Laimjala_vallavalitsus, lk 13
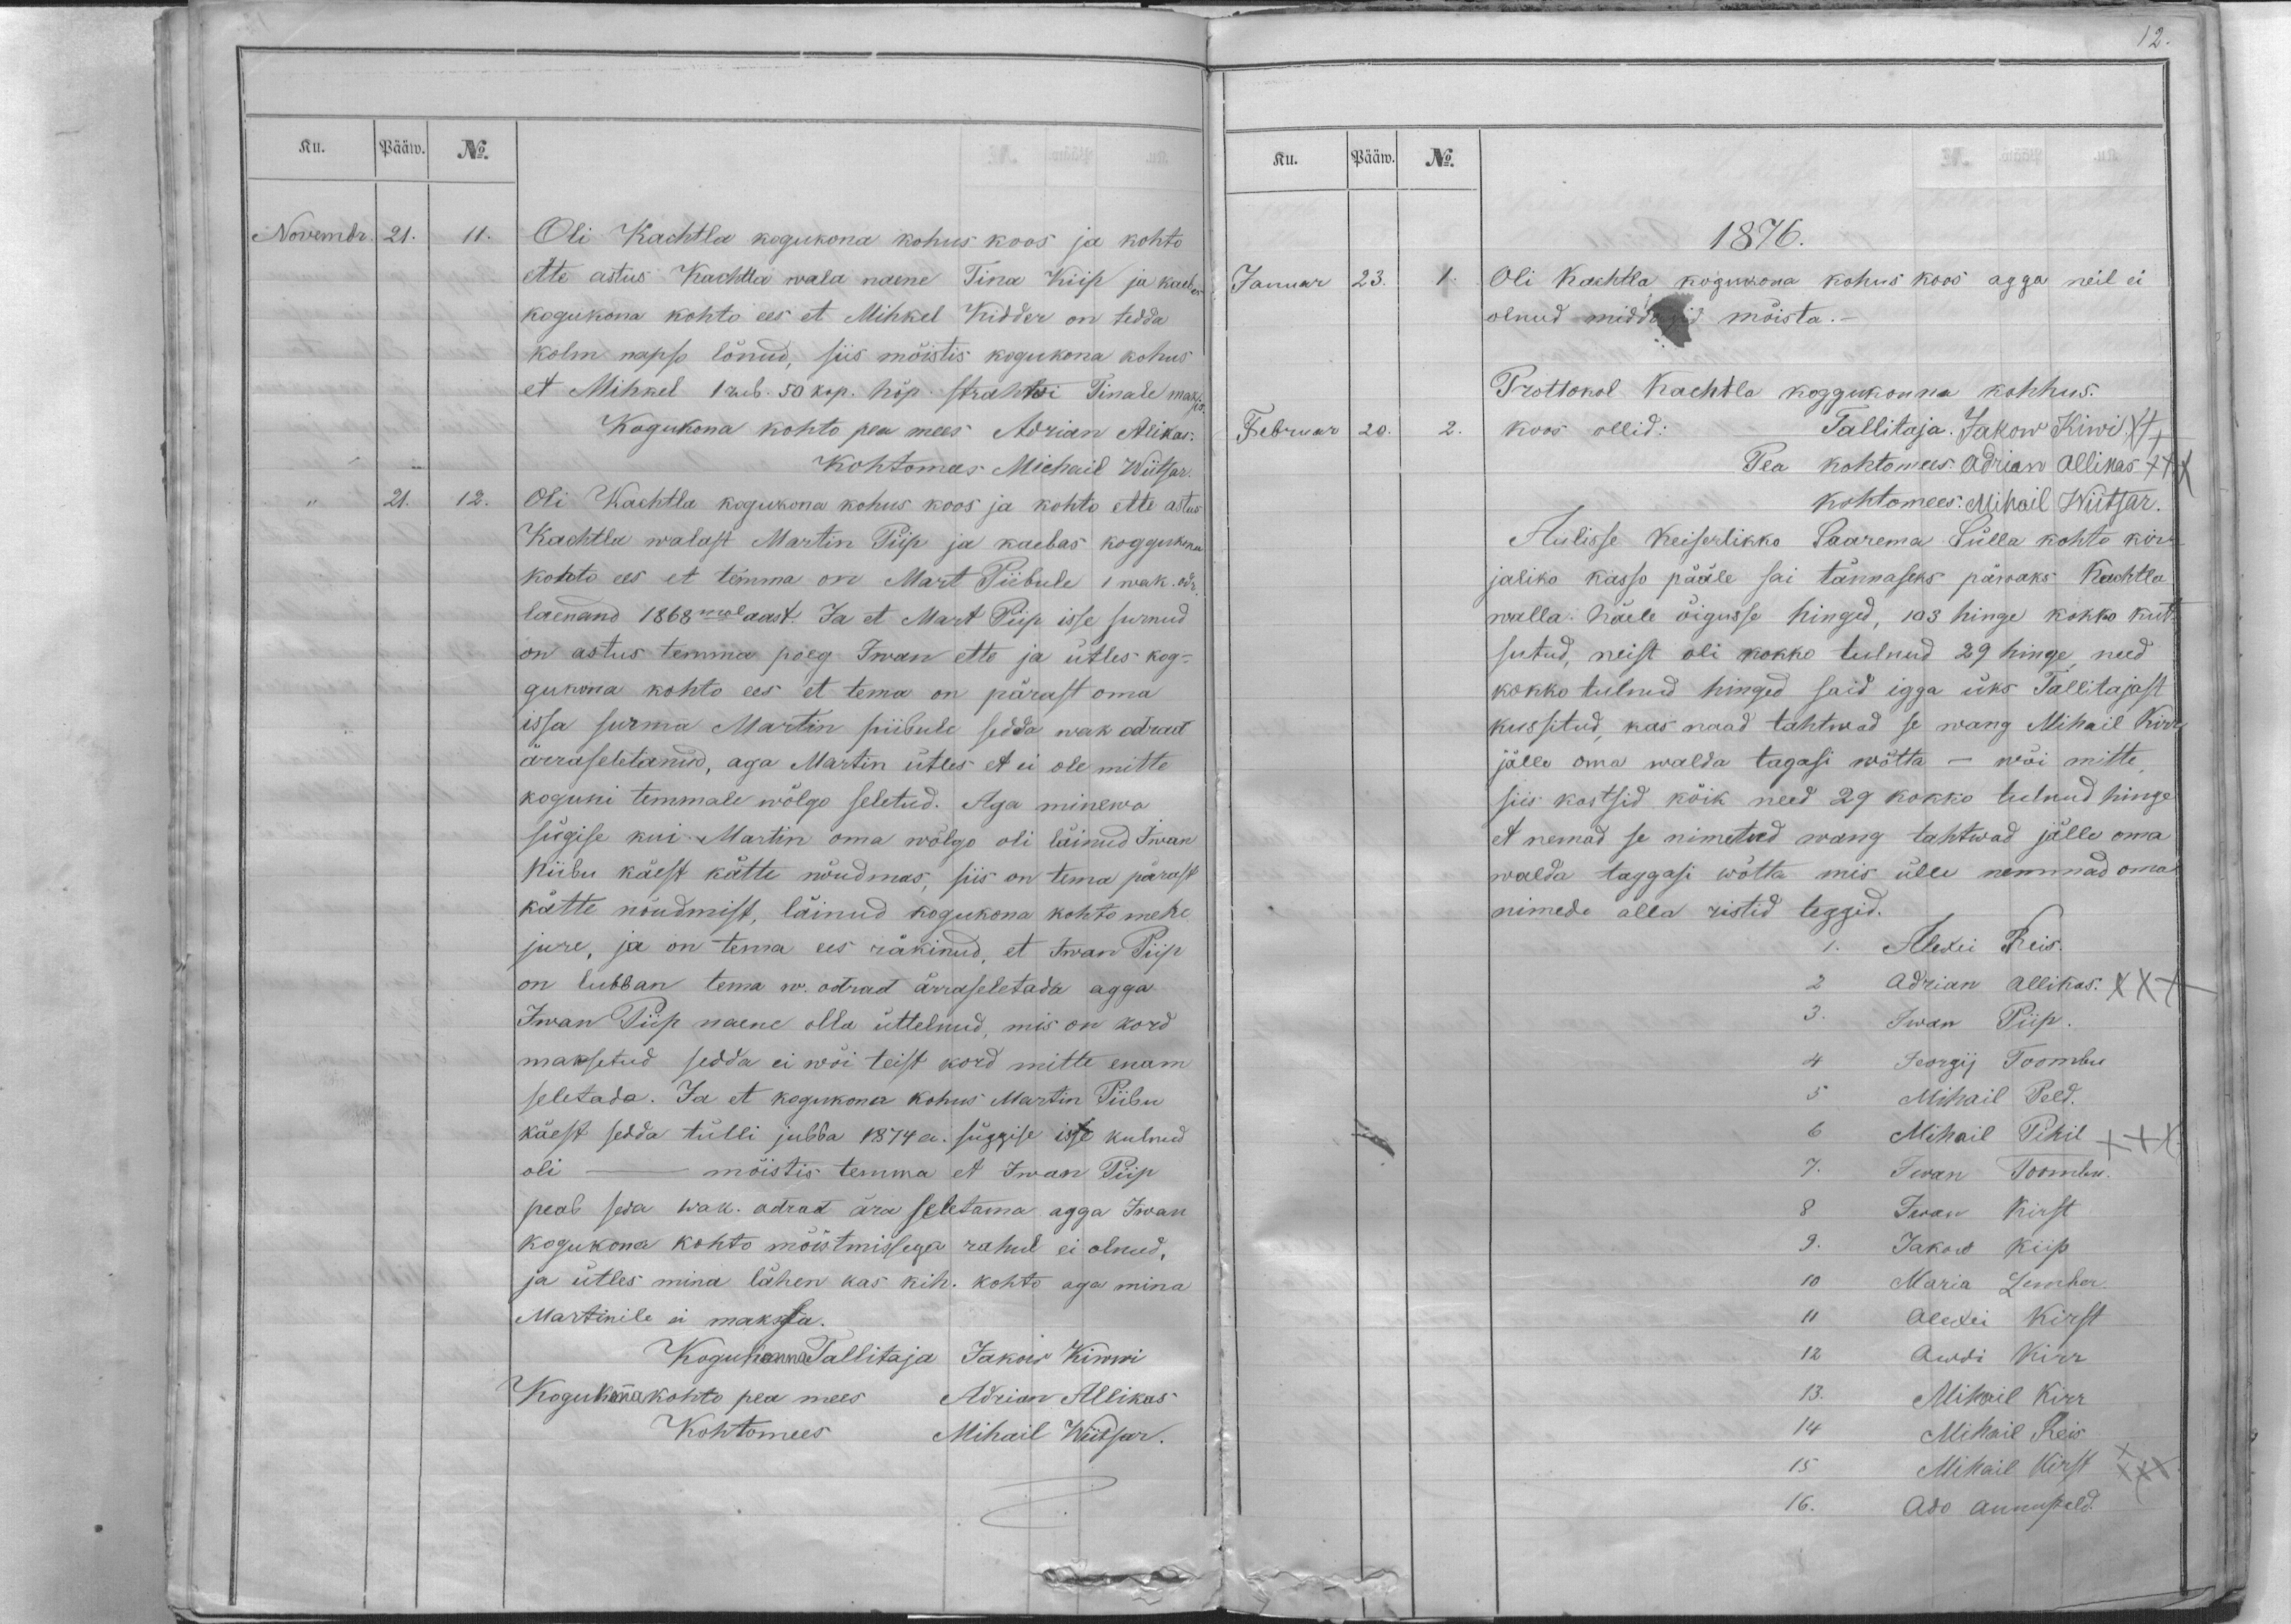
Ku.
Pääw.
No.
Novembr.
21.
11.
Oli Kachtla kogukona kohus koos ja kohto
ette astus Kachtla wala naene Tina Kiip ja kaebas
kogukona kohto ees et Mihkel Kidder on tedda
kolm napso lönud, siis mõistis kogukona kohus
et Mihkel 1 rub. 50 kop. hõp. strahwi Tinale maksis.
Kogukona kohto pea mees Adrian Alikas.
Kohtomees Michail Wiitsar.
,, 21.
12.
Oli Kachtla kogukona kohus koos ja kohto ette astus
Kachtla walast Martin Piip ja kaebas koggukona
kohto ees et temma on Mart Piibule 1 wak. odr.
laenand 1868 mal aast. Ja et Mart Piip isse surnud
on astus temma poeg Iwan ette ja ütles kog-
gukona kohto ees et tema on pärast oma
issa surma Martin piibule sedda wak odrad
ärraseletanud, aga Martin ütles et ei ole mitte
koguni temmale wõlgo seletud. Aga minewa
sügise kui Martin oma wõlgo oli läinud Iwan
piibu käest kätte nõudmas, siis on tema pärast
kätte nõudmist, läinud kogukona kohto mehe
jure, ja on tema ees räkinud, et Iwan Piip
on lubban tema w. odrad ärraseletada agga
Iwan Piip naene olla üttelnud, mis on kord
maksetud sedda ei wõi teist kord mitte enam
seletada. Ja et kogukona kohus Martin Piibu
käest sedda tülli jubba 1874 a. süggise isse kulnud
oli - mõistis temma et Iwan Piip
peab seda wak. odrad ära seletama agga Iwan
kogukona kohto mõistmissega rahul ei olnud,
ja ütles mina lähen kas kih. kohto aga mina
Martinile ei makssa.
Kogukonna Tallitaja Jakow Kiwwi
Kogukonnakohto pea mees Adrian Allikas
Kohtomees Mihail Wiitsar.

Ku.
Pääw.
No.
1876.
Januar
23.
1.
Oli Kachtla kogukona kohus koos agga neil ei
olnud middagid mõista.-
Prottokol Kachtla koggukonna kohhus.
Februar
20.
2.
koos ollid:
Tallitaja. Jakow Kiwi XXX
Pea kohtomees: Adrian Allikas XXX
kohtomees: Mihail Wiitsar.
Aulisse Keiserlikko Saarema Sülla kohto kir-
jaliko kässo pääle sai tännaseks päwaks Kachtla
walla. häele õigusse hinged, 103 hinge kokko kut-
sutud, neist oli kokko tulnud 29 hinge, need
kokko tulnud hinged said igga üks Tallitajast
kussitud, kas naad tahtwad se wang Mihail Kirr
jälle oma walda tagasi wõtta - või mitte,
siis kostsid kõik need 29 kokko tulnud hinge
et nemad se nimetud wang tahtwad jälle oma
walda taggasi wõtta mis ülle nemmad oma
nimede alla ristid teggid.
1. Alexei Reis.
2 Adrian Allikas XXX
3. Iwan Piip.
4 Jeorgij Toombu
5 Mihail Peld.
6 Mihail Pihil XXX
7. Iwan Toombu.
8 Iwan Kirst
9. Jakow Kiip
10 Maria Lember
11 Alexei Kirst
12 Awdi Kirr.
13. Mihail Kirr.
14 Mihail Reis
15 Mihail Kirst XXX
16. Ado Annupeld.